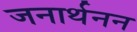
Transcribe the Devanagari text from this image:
जनार्थनन